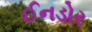
ઈનડોર